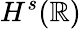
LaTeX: H^{s}(\mathbb R)